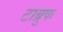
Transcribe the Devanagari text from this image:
टाब्रुक